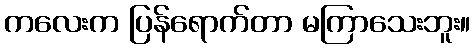
ကလေးက ပြန်ရောက်တာ မကြာသေးဘူး။